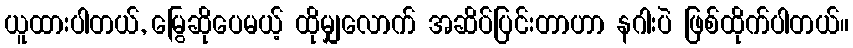
ယူထားပါတယ်, မြွေဆိုပေမယ့် ထိုမျှလောက် အဆိပ်ပြင်းတာဟာ နဂါးပဲ ဖြစ်ထိုက်ပါတယ်။